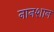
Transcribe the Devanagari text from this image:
नानशान